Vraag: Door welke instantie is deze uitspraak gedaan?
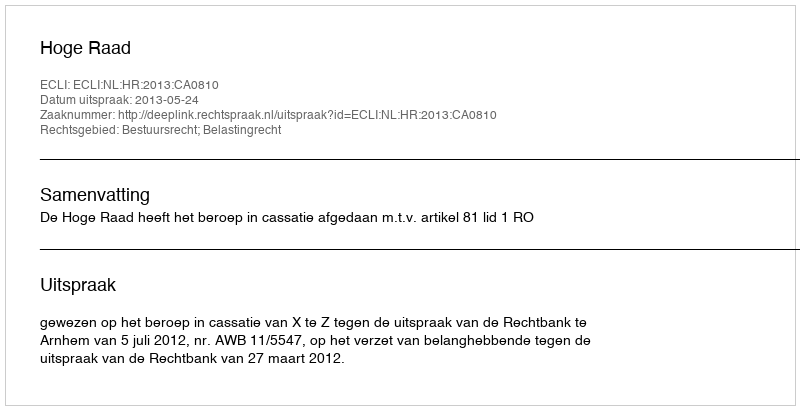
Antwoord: Hoge Raad